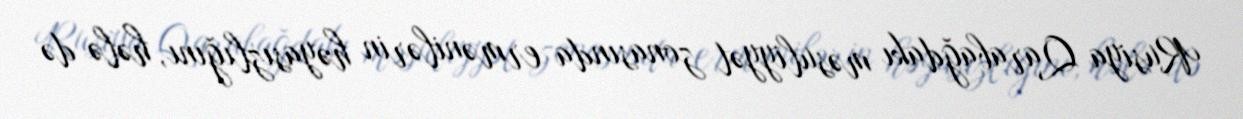
Rusiya Qarabağdakı məsuliyyət zonasında ermənilərin həyasızlığını, hələ də